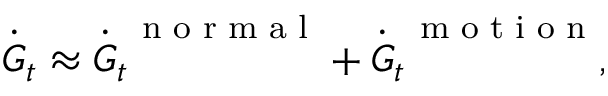
\dot { \boldsymbol G } _ { t } \approx \dot { \boldsymbol G } _ { t } ^ { \mathrm { ~ \scriptsize ~ n ~ o ~ r ~ m ~ a ~ l ~ } } + \dot { \boldsymbol G } _ { t } ^ { \mathrm { ~ \scriptsize ~ m ~ o ~ t ~ i ~ o ~ n ~ } } ,